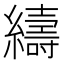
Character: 䌧